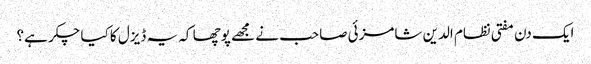
ایک دن مفتی نظام الدین شامزئی صاحب نے مجھے پوچھا کہ یہ ڈیزل کا کیا چکر ہے؟